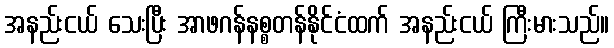
အနည်းငယ် သေးပြီး အာဖဂန်နစ္စတန်နိုင်ငံထက် အနည်းငယ် ကြီးမားသည်။